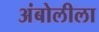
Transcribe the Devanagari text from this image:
अंबोलीला